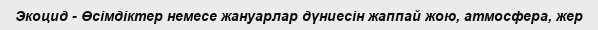
Экоцид - Өсімдіктер немесе жануарлар дүниесін жаппай жою, атмосфера, жер